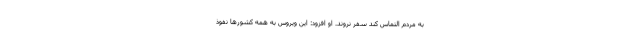
به مردم التماس کند سفر نروند. او افزود: این ویروس به همه کشورها نفوذ